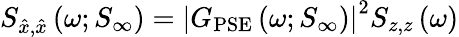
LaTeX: S_{\hat{x},\hat{x}}\left(\omega;S_{\infty}\right)=\left|G_{\mathrm{PSE}}\left(\omega;S_{\infty}\right)\right|^{2}S_{z,z}\left(\omega\right)